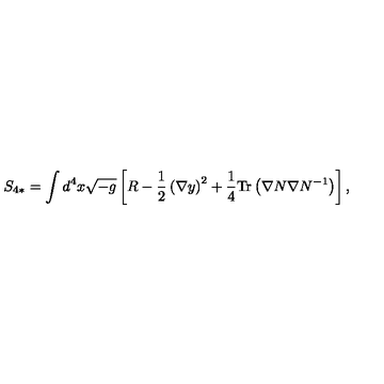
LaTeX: S _ { 4 * } = \int d ^ { 4 } x \sqrt { - g } \left[ R - \frac { 1 } { 2 } \left( \nabla y \right) ^ { 2 } + \frac { 1 } { 4 } \mathrm { T r } \left( \nabla N \nabla N ^ { - 1 } \right) \right] ,